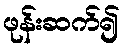
ဖုန်းဆက်၍